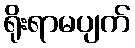
ရိုးရာမပျက်